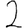
Digit: 2